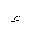
Letter: _hamza